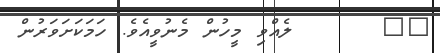
٤٣      ލެއްވި މީހުން މެނުވީއެވެ. ހަމަކަށަވަރުން